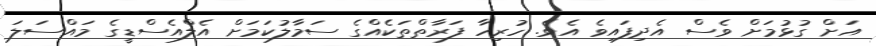
އަށް ގުޅުމަށް ވެސް އެދިފައިވެ އެވެ. ހުރިހާ ފަރާތްތަކެއްގެ ސަމާލުކަމަށް އެލްއެސްޑީގެ މައްސަލަ